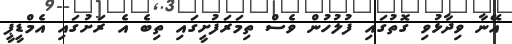
އޭނާ ވިދާޅުވި ގޮތުގައި ފުލުހުން ވެސް ތިމަރަފުށީގައި ތިބެ އެ ރަށުގައި އެމްޑީޕީ